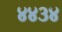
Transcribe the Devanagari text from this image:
४४३४